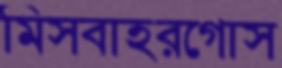
মিসবাহরগোস